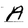
Character: A